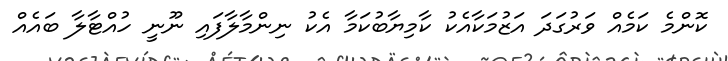
ކޮންމެ ކަމެއް ވަރުގަދަ އަޒުމަކާއެކު ކާމިޔާބުކަމާ އެކު ނިންމާލާފައި ނޫނީ ހުއްޓާލާ ބައެއް